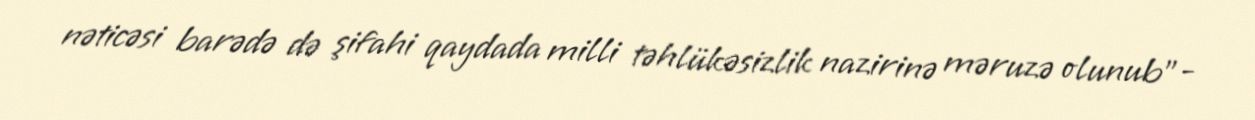
nəticəsi barədə də şifahi qaydada milli təhlükəsizlik nazirinə məruzə olunub”-